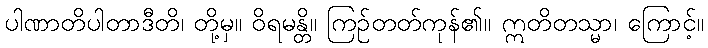
ပါဏာတိပါတာဒီတိ၊ တို့မှ။ ဝိရမန္တိ။ ကြဉ်တတ်ကုန်၏။ ဣတိတသ္မာ၊ ကြောင့်။